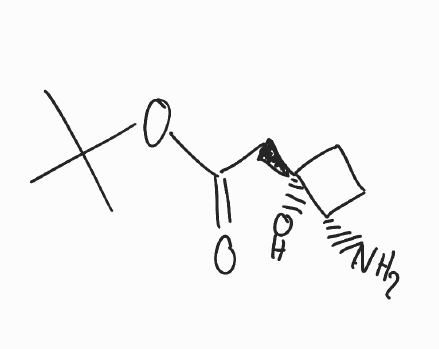
Simplified molecular-input line-entry system (SMILES) notation of the given molecule:
CC(C)(C)OC(=O)C[C@]1(CC[C@@H]1N)O